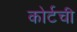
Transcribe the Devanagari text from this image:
कोर्टची